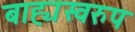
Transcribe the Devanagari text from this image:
बाह्यस्वरुप